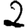
Digit: 2